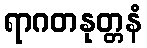
ရာဂတနုတ္တနံ